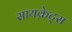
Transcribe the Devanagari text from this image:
सायक्रेट्स